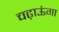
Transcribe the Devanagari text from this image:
चढ़ाऊंगा